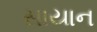
સાયાન